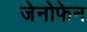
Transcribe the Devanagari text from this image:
जेनोफेन